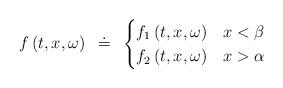
LaTeX: \begin{align*} f\left(t,x,\omega\right)~\doteq~ \begin{cases} f_{1}\left(t,x,\omega\right)&x< \beta\\ f_{2}\left(t,x,\omega\right)&x>\alpha \end{cases} \end{align*}